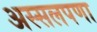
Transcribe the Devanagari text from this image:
अस्सलपणा